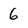
Character: 6